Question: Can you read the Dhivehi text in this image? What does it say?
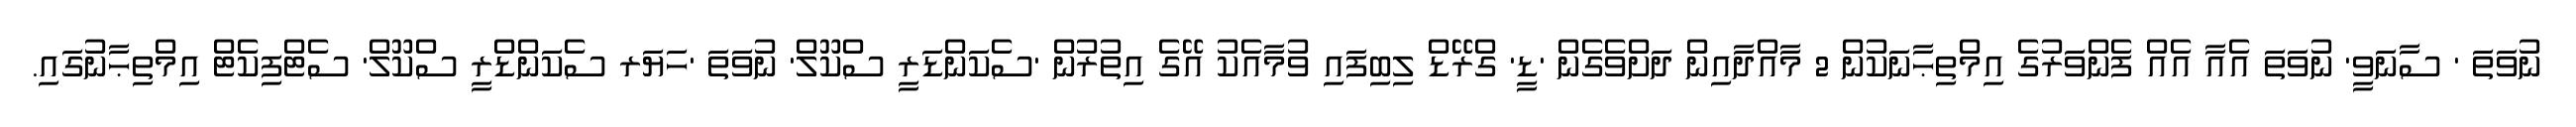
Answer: ނުވަތަ ' ސާނަވީ' ނުވަތަ އެއާ އެއް ފެންވަރުގެ އިމްތިޙާނަކުން 2 މާއްދާއިން ދަށްވެގެން 'ޑީ' ގްރޭޑް ލިބިފައި ވުމާއެކު އޭގެ އިތުރުން 'ސެކަންޑަރީ ސްކޫލް' ނުވަތަ 'ހަޔަރ ސެކަންޑްރީ ސްކޫލް' ސެޓްފިކެޓް އިމްތިޙާނުގައި.